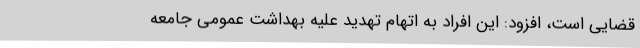
قضایی است، افزود: این افراد به اتهام تهدید علیه بهداشت عمومی جامعه